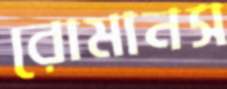
রোমানস